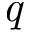
\emph { q }